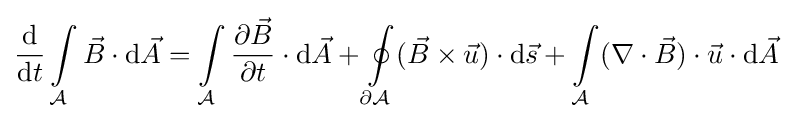
{\frac {\text{d}}{{\text{d}}t}}\int \limits _{\mathcal {A}}{\vec {B}}\cdot {\text{d}}{\vec {A}}=\int \limits _{\mathcal {A}}{\frac {\partial {\vec {B}}}{\partial t}}\cdot {\text{d}}{\vec {A}}+\oint \limits _{\partial {\mathcal {A}}}({\vec {B}}\times {\vec {u}})\cdot {\text{d}}{\vec {s}}+\int \limits _{\mathcal {A}}(\nabla \cdot {\vec {B}})\cdot {\vec {u}}\cdot {\text{d}}{\vec {A}}